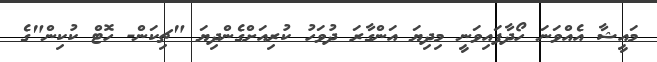
މައީޝާާ އެއްވަނަ ހޯދާފައިވަނީ މިދިޔަ އަންގާރަ ދުވަހު ކުރިއަށްގެންދިޔަ "ޗިކަން- ހޮޓް ކުކިން"ގެ